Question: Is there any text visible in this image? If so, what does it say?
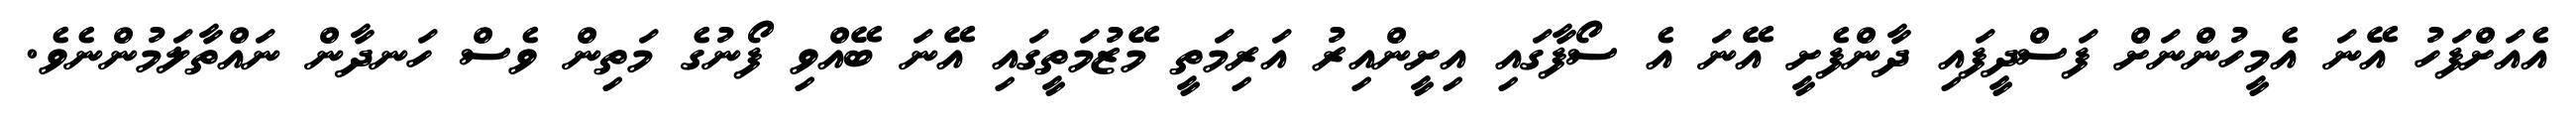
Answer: އެއަށްފަހު އޭނަ އެމީހުންނަށް ފަސްދީފައި ދާންފެށީ އޭނަ އެ ސޯފާގައި އިށީންއިރު އަރިމަތީ މޭޒުމަތީގައި އޭނަ ބޭއްވި ފޯނުގެ މަތިން ވެސް ހަނދާން ނައްތާލަމުންނެވެ.